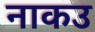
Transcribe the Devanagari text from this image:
नाकउ